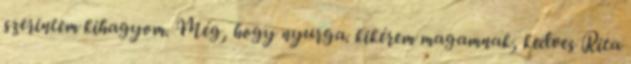
szerintem kihagyom. Még, hogy nyurga. kikérem magamnak, kedves Rita